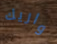
واريك